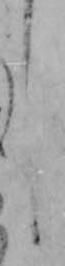
し